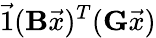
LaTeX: \vec{1}(\mathbf{B}\vec{x})^{T}(\mathbf{G}\vec{x})